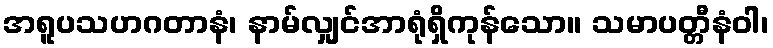
အရူပသဟဂတာနံ၊ နာမ်လျှင်အာရုံရှိကုန်သော။ သမာပတ္တီနံဝါ၊